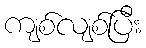
ကျစ်လျစ်ပြီး